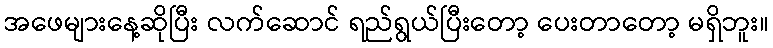
အဖေများနေ့ဆိုပြီး လက်ဆောင် ရည်ရွယ်ပြီးတော့ ပေးတာတော့ မရှိဘူး။